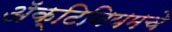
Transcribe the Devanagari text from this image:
ॲक्टिनियमचे